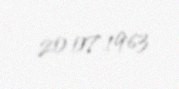
20.07.1963